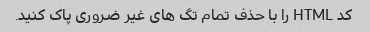
کد HTML را با حذف تمام تگ های غیر ضروری پاک کنید.